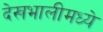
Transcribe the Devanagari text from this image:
देखभालीमध्ये